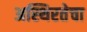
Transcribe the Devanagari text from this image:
अस्थिरतेचा